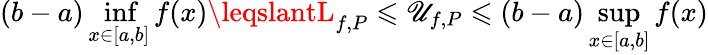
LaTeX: (b-a)\operatorname*{inf}_{x\in[a,b]}f(x)\leqslantL_{f,P}\leqslant\mathscr{U}_{f,P}\leqslant(b-a)\operatorname*{sup}_{x\in[a,b]}f(x)